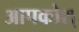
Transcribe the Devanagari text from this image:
आपकोश्